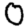
Digit: 0